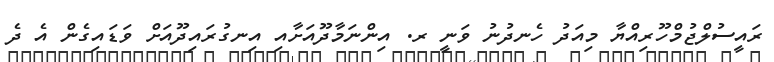
ރައީސުލްޖުމްހޫރިއްޔާ މިއަދު ހެނދުނު ވަނީ ރ. އިންނަމާދޫއަށާއި އިނގުރައިދޫއަށް ވަޑައިގެން އެ ދެ